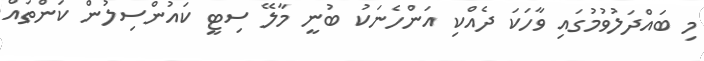
މި ބައްދަލުވުމުގައި ވާހަކަ ދެއްކި އަންހެނަކު ބުނީ މާލޭ ސިޓީ ކައުންސިލުން ކަންތައް